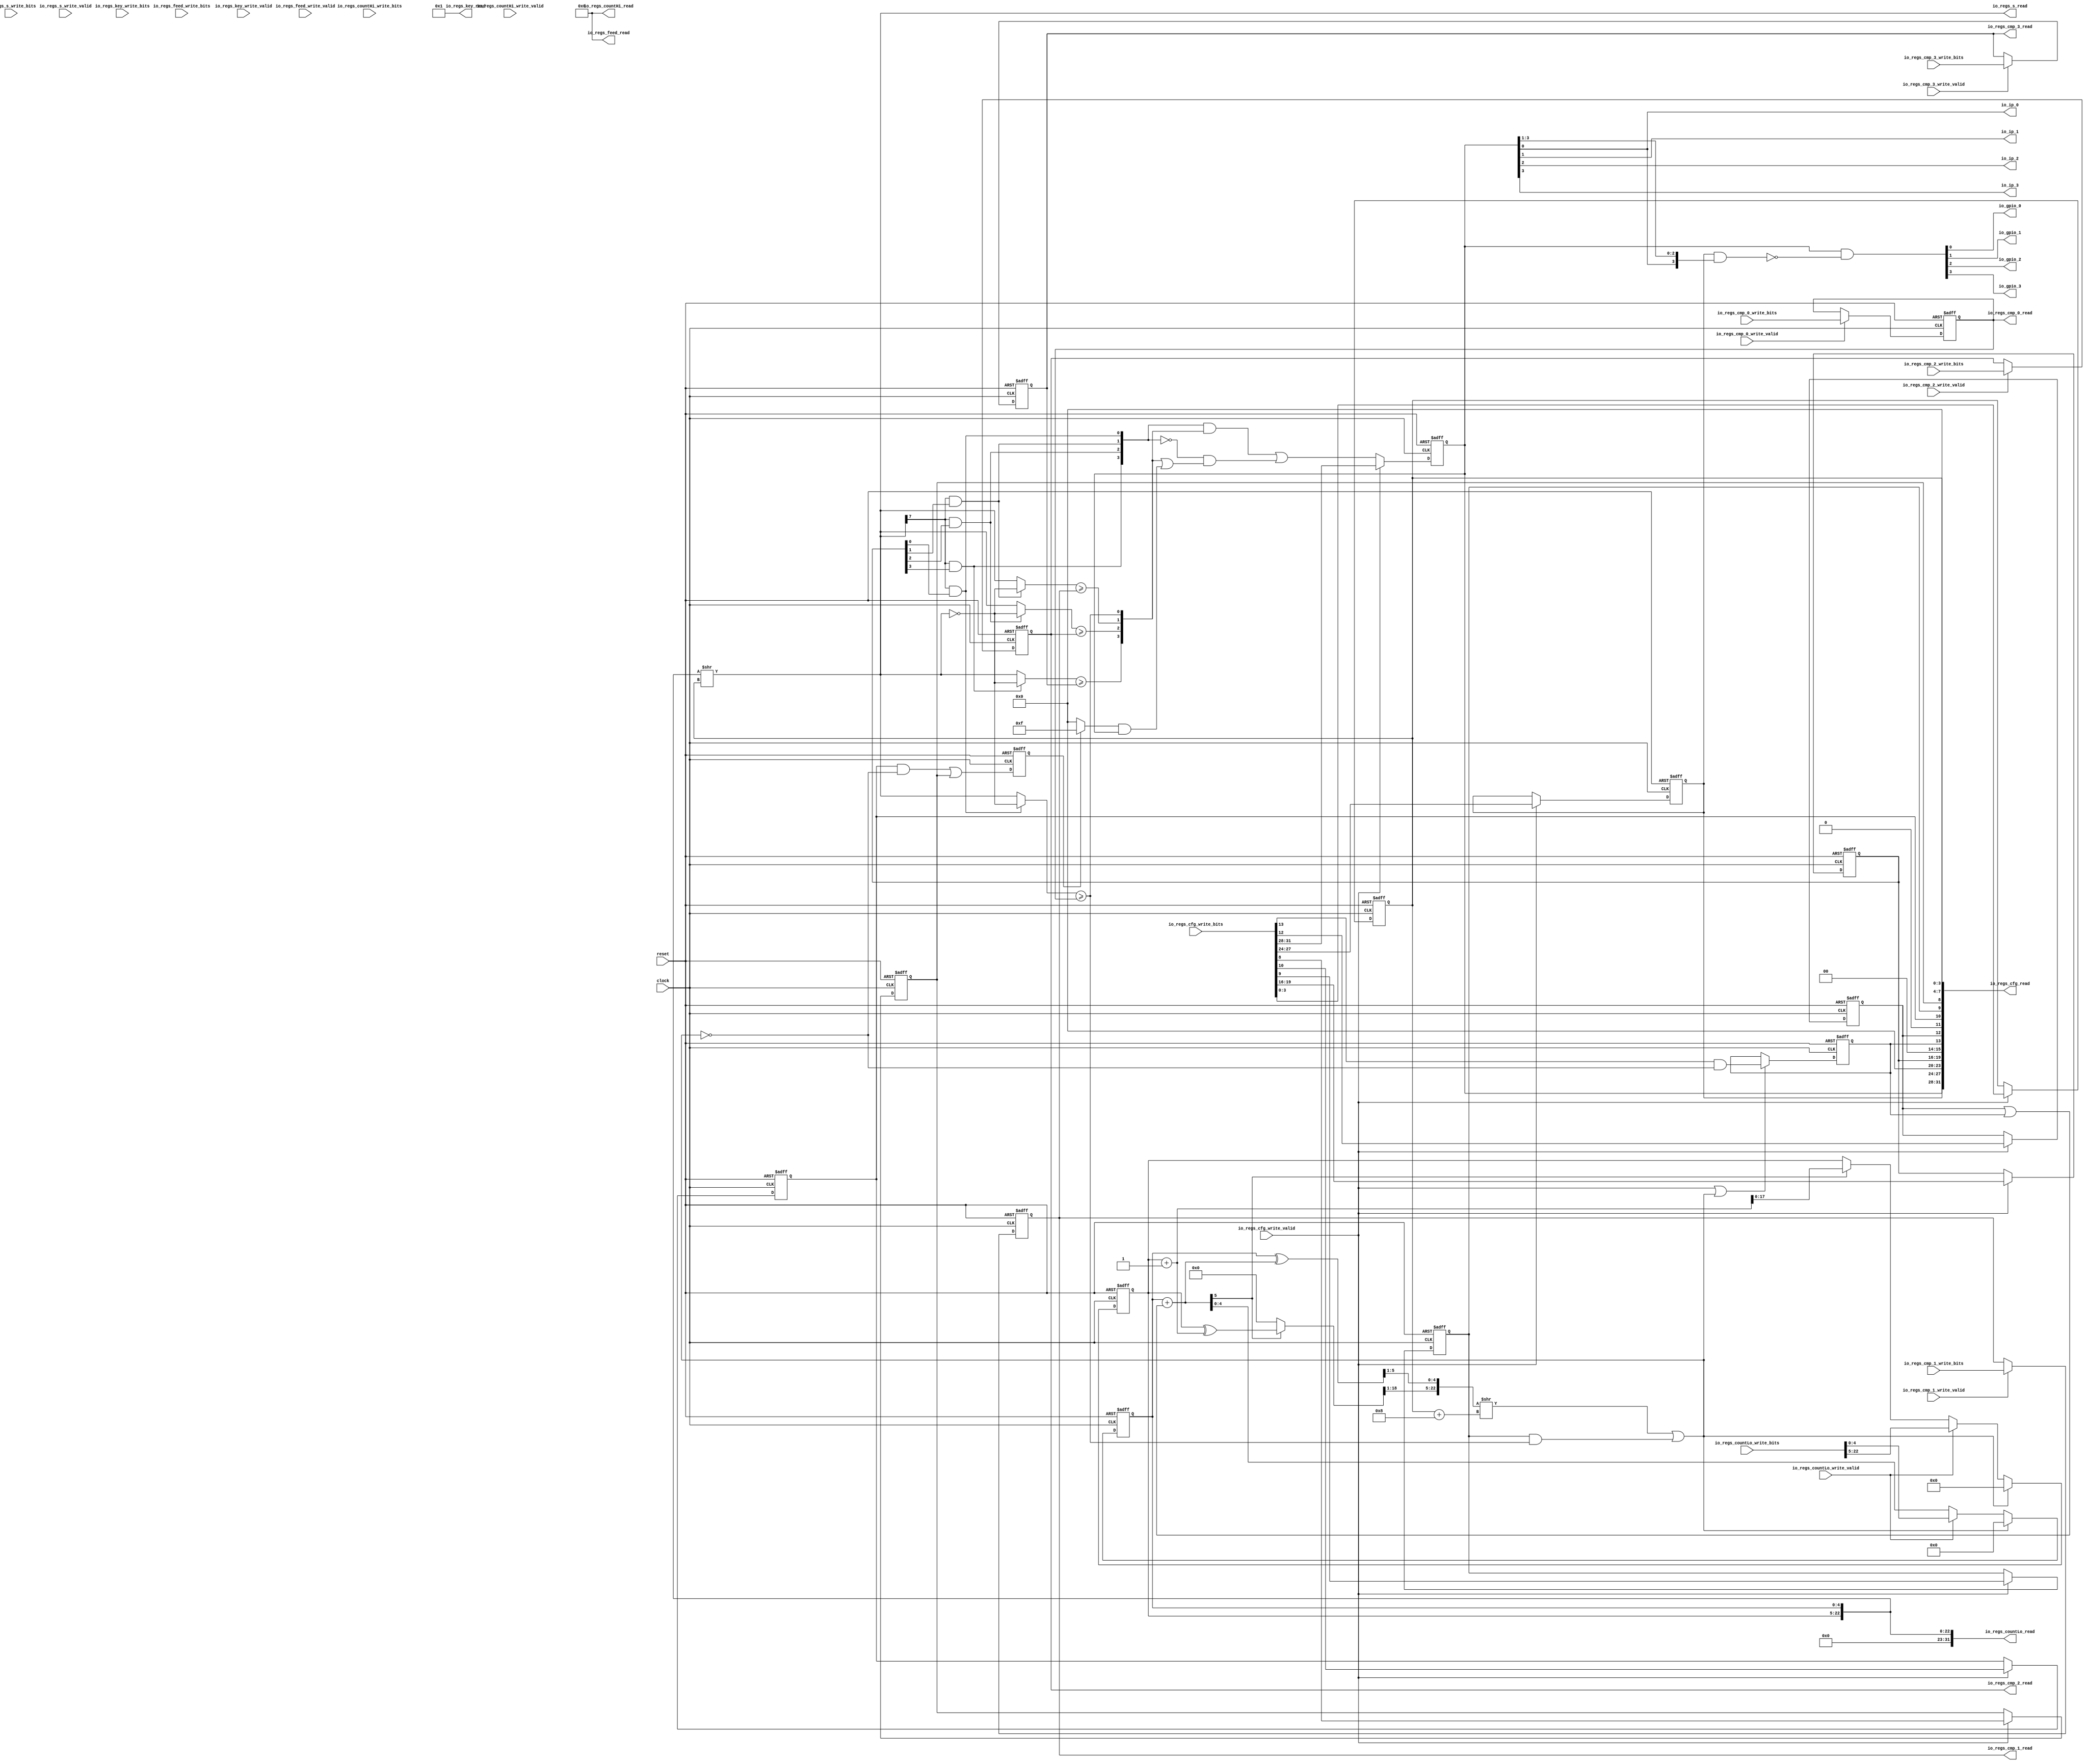
// This program was cloned from: https://github.com/xiaoerlang0359/E203plus
// License: Apache License 2.0

 /*                                                                      
 Copyright 2018 Nuclei System Technology, Inc.                
                                                                         
 Licensed under the Apache License, Version 2.0 (the "License");         
 you may not use this file except in compliance with the License.        
 You may obtain a copy of the License at                                 
                                                                         
     http://www.apache.org/licenses/LICENSE-2.0                          
                                                                         
  Unless required by applicable law or agreed to in writing, software    
 distributed under the License is distributed on an "AS IS" BASIS,       
 WITHOUT WARRANTIES OR CONDITIONS OF ANY KIND, either express or implied.
 See the License for the specific language governing permissions and     
 limitations under the License.                                          
 */                                                                      
                                                                         
                                                                         
                                                                         

module sirv_pwm8_core(
  input   clock,
  input   reset,
  input   io_regs_cfg_write_valid,
  input  [31:0] io_regs_cfg_write_bits,
  output [31:0] io_regs_cfg_read,
  input   io_regs_countLo_write_valid,
  input  [31:0] io_regs_countLo_write_bits,
  output [31:0] io_regs_countLo_read,
  input   io_regs_countHi_write_valid,
  input  [31:0] io_regs_countHi_write_bits,
  output [31:0] io_regs_countHi_read,
  input   io_regs_s_write_valid,
  input  [7:0] io_regs_s_write_bits,
  output [7:0] io_regs_s_read,
  input   io_regs_cmp_0_write_valid,
  input  [7:0] io_regs_cmp_0_write_bits,
  output [7:0] io_regs_cmp_0_read,
  input   io_regs_cmp_1_write_valid,
  input  [7:0] io_regs_cmp_1_write_bits,
  output [7:0] io_regs_cmp_1_read,
  input   io_regs_cmp_2_write_valid,
  input  [7:0] io_regs_cmp_2_write_bits,
  output [7:0] io_regs_cmp_2_read,
  input   io_regs_cmp_3_write_valid,
  input  [7:0] io_regs_cmp_3_write_bits,
  output [7:0] io_regs_cmp_3_read,
  input   io_regs_feed_write_valid,
  input  [31:0] io_regs_feed_write_bits,
  output [31:0] io_regs_feed_read,
  input   io_regs_key_write_valid,
  input  [31:0] io_regs_key_write_bits,
  output [31:0] io_regs_key_read,
  output  io_ip_0,
  output  io_ip_1,
  output  io_ip_2,
  output  io_ip_3,
  output  io_gpio_0,
  output  io_gpio_1,
  output  io_gpio_2,
  output  io_gpio_3
);
  wire [3:0] T_178;
  reg [3:0] scale;
  reg [31:0] GEN_21;
  wire [3:0] GEN_0;
  reg [7:0] cmp_0;
  reg [31:0] GEN_22;
  wire [7:0] GEN_1;
  reg [7:0] cmp_1;
  reg [31:0] GEN_23;
  wire [7:0] GEN_2;
  reg [7:0] cmp_2;
  reg [31:0] GEN_24;
  wire [7:0] GEN_3;
  reg [7:0] cmp_3;
  reg [31:0] GEN_25;
  wire [7:0] GEN_4;
  wire  countEn;
  reg [4:0] T_196;
  reg [31:0] GEN_26;
  wire [4:0] GEN_18;
  wire [5:0] T_197;
  reg [17:0] T_199;
  reg [31:0] GEN_27;
  wire  T_200;
  wire [18:0] T_202;
  wire [18:0] GEN_5;
  wire [22:0] T_203;
  wire [32:0] T_207;
  wire [27:0] T_208;
  wire [32:0] GEN_6;
  wire [27:0] GEN_7;
  wire [22:0] T_209;
  wire [7:0] s;
  wire  T_210;
  wire [3:0] T_211;
  reg [3:0] center;
  reg [31:0] GEN_28;
  wire [3:0] GEN_8;
  wire  T_215;
  wire  T_216;
  wire [7:0] T_217;
  wire [7:0] T_218;
  wire  elapsed_0;
  wire  T_220;
  wire  T_221;
  wire [7:0] T_223;
  wire  elapsed_1;
  wire  T_225;
  wire  T_226;
  wire [7:0] T_228;
  wire  elapsed_2;
  wire  T_230;
  wire  T_231;
  wire [7:0] T_233;
  wire  elapsed_3;
  wire [5:0] GEN_19;
  wire [5:0] T_234;
  wire [4:0] T_235;
  wire [18:0] GEN_20;
  wire [18:0] T_239;
  wire [18:0] T_241;
  wire [17:0] T_242;
  wire [22:0] T_243;
  wire [4:0] T_245;
  wire [3:0] T_246;
  wire [22:0] T_247;
  wire  feed;
  wire  T_248;
  reg  zerocmp;
  reg [31:0] GEN_29;
  wire  GEN_9;
  wire  T_252;
  wire  countReset;
  wire [32:0] GEN_10;
  wire [27:0] GEN_11;
  wire  T_255;
  reg  T_259;
  reg [31:0] GEN_30;
  wire  GEN_12;
  wire  T_261;
  wire  T_262;
  wire  T_263;
  reg  T_267;
  reg [31:0] GEN_31;
  wire  GEN_13;
  wire  T_268;
  reg  T_269;
  reg [31:0] GEN_32;
  wire [1:0] T_282;
  wire [1:0] T_283;
  wire [3:0] T_284;
  reg [3:0] ip;
  reg [31:0] GEN_33;
  wire [1:0] T_286;
  wire [1:0] T_287;
  wire [3:0] T_288;
  wire [3:0] T_289;
  wire [3:0] T_290;
  wire [3:0] T_297;
  wire [3:0] T_298;
  wire [3:0] T_299;
  wire [3:0] T_300;
  wire [3:0] T_301;
  wire [3:0] T_304;
  wire [3:0] GEN_14;
  wire [3:0] T_305;
  reg [3:0] gang;
  reg [31:0] GEN_34;
  wire [3:0] GEN_15;
  wire  T_316;
  wire  T_319;
  wire  T_323;
  reg  oneShot;
  reg [31:0] GEN_35;
  wire  GEN_16;
  wire  T_325;
  reg  countAlways;
  reg [31:0] GEN_36;
  wire  GEN_17;
  wire [4:0] T_333;
  wire [8:0] T_334;
  wire [1:0] T_335;
  wire [2:0] T_336;
  wire [11:0] T_337;
  wire [2:0] T_338;
  wire [3:0] T_339;
  wire [7:0] T_340;
  wire [7:0] T_341;
  wire [15:0] T_342;
  wire [19:0] T_343;
  wire [31:0] T_344;
  wire  T_350_0;
  wire  T_350_1;
  wire  T_350_2;
  wire  T_350_3;
  wire  T_352;
  wire  T_353;
  wire  T_354;
  wire  T_355;
  wire [2:0] T_357;
  wire [3:0] T_358;
  wire [3:0] T_359;
  wire [3:0] T_360;
  wire [3:0] T_361;
  wire  T_364_0;
  wire  T_364_1;
  wire  T_364_2;
  wire  T_364_3;
  wire  T_366;
  wire  T_367;
  wire  T_368;
  wire  T_369;
  wire  T_370;
  assign io_regs_cfg_read = T_344;
  assign io_regs_countLo_read = {{9'd0}, T_203};
  assign io_regs_countHi_read = 32'h0;
  assign io_regs_s_read = s;
  assign io_regs_cmp_0_read = cmp_0;
  assign io_regs_cmp_1_read = cmp_1;
  assign io_regs_cmp_2_read = cmp_2;
  assign io_regs_cmp_3_read = cmp_3;
  assign io_regs_feed_read = 32'h0;
  assign io_regs_key_read = 32'h1;
  assign io_ip_0 = T_350_0;
  assign io_ip_1 = T_350_1;
  assign io_ip_2 = T_350_2;
  assign io_ip_3 = T_350_3;
  assign io_gpio_0 = T_364_0;
  assign io_gpio_1 = T_364_1;
  assign io_gpio_2 = T_364_2;
  assign io_gpio_3 = T_364_3;
  assign T_178 = io_regs_cfg_write_bits[3:0];
  assign GEN_0 = io_regs_cfg_write_valid ? T_178 : scale;
  assign GEN_1 = io_regs_cmp_0_write_valid ? io_regs_cmp_0_write_bits : cmp_0;
  assign GEN_2 = io_regs_cmp_1_write_valid ? io_regs_cmp_1_write_bits : cmp_1;
  assign GEN_3 = io_regs_cmp_2_write_valid ? io_regs_cmp_2_write_bits : cmp_2;
  assign GEN_4 = io_regs_cmp_3_write_valid ? io_regs_cmp_3_write_bits : cmp_3;
  assign countEn = T_370;
  assign GEN_18 = {{4'd0}, countEn};
  assign T_197 = T_196 + GEN_18;
  assign T_200 = T_197[5];
  assign T_202 = T_199 + 18'h1;
  assign GEN_5 = T_200 ? T_202 : {{1'd0}, T_199};
  assign T_203 = {T_199,T_196};
  assign T_207 = {1'h0,io_regs_countLo_write_bits};
  assign T_208 = T_207[32:5];
  assign GEN_6 = io_regs_countLo_write_valid ? T_207 : {{27'd0}, T_197};
  assign GEN_7 = io_regs_countLo_write_valid ? T_208 : {{9'd0}, GEN_5};
  assign T_209 = T_203 >> scale;
  assign s = T_209[7:0];
  assign T_210 = s[7];
  assign T_211 = io_regs_cfg_write_bits[19:16];
  assign GEN_8 = io_regs_cfg_write_valid ? T_211 : center;
  assign T_215 = center[0];
  assign T_216 = T_210 & T_215;
  assign T_217 = ~ s;
  assign T_218 = T_216 ? T_217 : s;
  assign elapsed_0 = T_218 >= cmp_0;
  assign T_220 = center[1];
  assign T_221 = T_210 & T_220;
  assign T_223 = T_221 ? T_217 : s;
  assign elapsed_1 = T_223 >= cmp_1;
  assign T_225 = center[2];
  assign T_226 = T_210 & T_225;
  assign T_228 = T_226 ? T_217 : s;
  assign elapsed_2 = T_228 >= cmp_2;
  assign T_230 = center[3];
  assign T_231 = T_210 & T_230;
  assign T_233 = T_231 ? T_217 : s;
  assign elapsed_3 = T_233 >= cmp_3;
  assign GEN_19 = {{1'd0}, T_196};
  assign T_234 = GEN_19 ^ T_197;
  assign T_235 = T_234[5:1];
  assign GEN_20 = {{1'd0}, T_199};
  assign T_239 = GEN_20 ^ T_202;
  assign T_241 = T_200 ? T_239 : 19'h0;
  assign T_242 = T_241[18:1];
  assign T_243 = {T_242,T_235};
  assign T_245 = scale + 4'h8;
  assign T_246 = T_245[3:0];
  assign T_247 = T_243 >> T_246;
  assign feed = T_247[0];
  assign T_248 = io_regs_cfg_write_bits[9];
  assign GEN_9 = io_regs_cfg_write_valid ? T_248 : zerocmp;
  assign T_252 = zerocmp & elapsed_0;
  assign countReset = feed | T_252;
  assign GEN_10 = countReset ? 33'h0 : GEN_6;
  assign GEN_11 = countReset ? 28'h0 : GEN_7;
  assign T_255 = io_regs_cfg_write_bits[10];
  assign GEN_12 = io_regs_cfg_write_valid ? T_255 : T_259;
  assign T_261 = countReset == 1'h0;
  assign T_262 = T_259 & T_261;
  assign T_263 = io_regs_cfg_write_bits[8];
  assign GEN_13 = io_regs_cfg_write_valid ? T_263 : T_267;
  assign T_268 = T_262 | T_267;
  assign T_282 = {T_221,T_216};
  assign T_283 = {T_231,T_226};
  assign T_284 = {T_283,T_282};
  assign T_286 = {elapsed_1,elapsed_0};
  assign T_287 = {elapsed_3,elapsed_2};
  assign T_288 = {T_287,T_286};
  assign T_289 = T_284 & T_288;
  assign T_290 = ~ T_284;
  assign T_297 = T_269 ? 4'hf : 4'h0;
  assign T_298 = T_297 & ip;
  assign T_299 = T_288 | T_298;
  assign T_300 = T_290 & T_299;
  assign T_301 = T_289 | T_300;
  assign T_304 = io_regs_cfg_write_bits[31:28];
  assign GEN_14 = io_regs_cfg_write_valid ? T_304 : T_301;
  assign T_305 = io_regs_cfg_write_bits[27:24];
  assign GEN_15 = io_regs_cfg_write_valid ? T_305 : gang;
  assign T_316 = io_regs_cfg_write_bits[13];
  assign T_319 = T_316 & T_261;
  assign T_323 = io_regs_cfg_write_valid | countReset;
  assign GEN_16 = T_323 ? T_319 : oneShot;
  assign T_325 = io_regs_cfg_write_bits[12];
  assign GEN_17 = io_regs_cfg_write_valid ? T_325 : countAlways;
  assign T_333 = {T_267,4'h0};
  assign T_334 = {T_333,scale};
  assign T_335 = {1'h0,T_259};
  assign T_336 = {T_335,zerocmp};
  assign T_337 = {T_336,T_334};
  assign T_338 = {2'h0,oneShot};
  assign T_339 = {T_338,countAlways};
  assign T_340 = {4'h0,center};
  assign T_341 = {ip,gang};
  assign T_342 = {T_341,T_340};
  assign T_343 = {T_342,T_339};
  assign T_344 = {T_343,T_337};
  assign T_350_0 = T_352;
  assign T_350_1 = T_353;
  assign T_350_2 = T_354;
  assign T_350_3 = T_355;
  assign T_352 = ip[0];
  assign T_353 = ip[1];
  assign T_354 = ip[2];
  assign T_355 = ip[3];
  assign T_357 = ip[3:1];
  assign T_358 = {T_352,T_357};
  assign T_359 = gang & T_358;
  assign T_360 = ~ T_359;
  assign T_361 = ip & T_360;
  assign T_364_0 = T_366;
  assign T_364_1 = T_367;
  assign T_364_2 = T_368;
  assign T_364_3 = T_369;
  assign T_366 = T_361[0];
  assign T_367 = T_361[1];
  assign T_368 = T_361[2];
  assign T_369 = T_361[3];
  assign T_370 = countAlways | oneShot;
  
  always @(posedge clock or posedge reset)
  if(reset) begin
      scale <= 4'b0;
      cmp_0 <= 8'b0;
      cmp_1 <= 8'b0;
      cmp_2 <= 8'b0;
      cmp_3 <= 8'b0;
      T_196 <= 5'b0;
      T_199 <= 18'b0;
      center <= 4'b0;
      zerocmp <= 1'b0;
      T_259 <= 1'b0;
      T_267 <= 1'b0;
      T_269 <= 1'b0;
      ip <= 4'b0;
      gang <= 4'b0;
  end
  else begin
    if (io_regs_cfg_write_valid) begin
      scale <= T_178;
    end
    if (io_regs_cmp_0_write_valid) begin
      cmp_0 <= io_regs_cmp_0_write_bits;
    end
    if (io_regs_cmp_1_write_valid) begin
      cmp_1 <= io_regs_cmp_1_write_bits;
    end
    if (io_regs_cmp_2_write_valid) begin
      cmp_2 <= io_regs_cmp_2_write_bits;
    end
    if (io_regs_cmp_3_write_valid) begin
      cmp_3 <= io_regs_cmp_3_write_bits;
    end
    T_196 <= GEN_10[4:0];
    T_199 <= GEN_11[17:0];
    if (io_regs_cfg_write_valid) begin
      center <= T_211;
    end
    if (io_regs_cfg_write_valid) begin
      zerocmp <= T_248;
    end
    if (io_regs_cfg_write_valid) begin
      T_259 <= T_255;
    end
    if (io_regs_cfg_write_valid) begin
      T_267 <= T_263;
    end
    T_269 <= T_268;
    if (io_regs_cfg_write_valid) begin
      ip <= T_304;
    end else begin
      ip <= T_301;
    end
    if (io_regs_cfg_write_valid) begin
      gang <= T_305;
    end
  end

  always @(posedge clock or posedge reset)
    if (reset) begin
      oneShot <= 1'h0;
    end else begin
      if (T_323) begin
        oneShot <= T_319;
      end
    end

  always @(posedge clock or posedge reset)
    if (reset) begin
      countAlways <= 1'h0;
    end else begin
      if (io_regs_cfg_write_valid) begin
        countAlways <= T_325;
      end
    end

endmodule